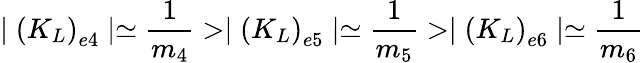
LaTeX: \mid\left(K_{L}\right)_{e4}\mid\simeq\frac{1}{m_{4}}>\mid\left(K_{L}\right)_{e5}\mid\simeq\frac{1}{m_{5}}>\mid\left(K_{L}\right)_{e6}\mid\simeq\frac{1}{m_{6}}